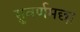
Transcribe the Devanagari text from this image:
सुवर्णमछा